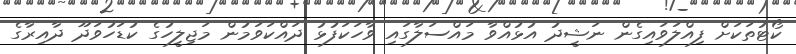
ކޯޓުތަކަށް ފިއްލަވައިގެން ނަޝީދު އުޅުއްވާ މައްސަލާގައި ވާހަކަފުޅު ދައްކަވަމުން މަޖިލީހުގެ ކުޑަހުވަދޫ ދާއިރާގެ